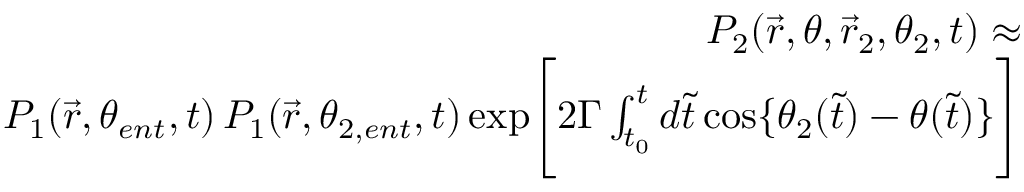
\begin{array} { r l r } & { } & { P _ { 2 } ( \vec { r } , \theta , \vec { r } _ { 2 } , \theta _ { 2 } , t ) \approx } \\ & { } & { P _ { 1 } ( \vec { r } , \theta _ { e n t } , t ) \, P _ { 1 } ( \vec { r } , \theta _ { 2 , e n t } , t ) \, \mathrm { e x p } \Bigg [ 2 \Gamma \int _ { t _ { 0 } } ^ { t } d \tilde { t } \, \mathrm { c o s } \{ \theta _ { 2 } ( \tilde { t } ) - \theta ( \tilde { t } ) \} \Bigg ] } \end{array}